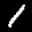
Label: 1